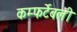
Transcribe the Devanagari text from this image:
कम्फर्टेबली